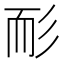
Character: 耏